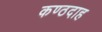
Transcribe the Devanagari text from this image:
कण्ठदाह